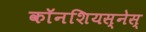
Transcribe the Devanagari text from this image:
काॅनशियस्नेस्